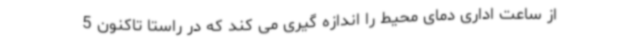
از ساعت اداری دمای محیط را اندازه گیری می کند که در راستا تاکنون 5